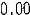
0.00